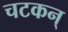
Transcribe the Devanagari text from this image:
चटकन्